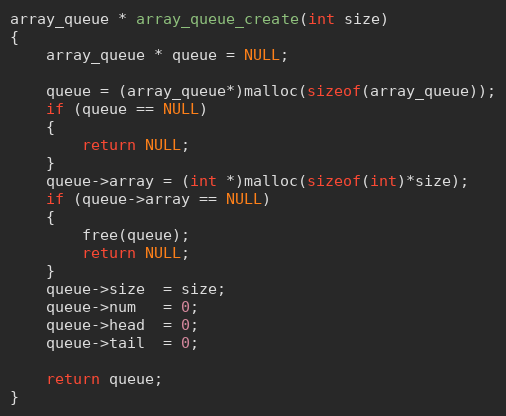
Language: C
array_queue * array_queue_create(int size)
{
	array_queue * queue = NULL;

	queue = (array_queue*)malloc(sizeof(array_queue));
	if (queue == NULL)
	{
		return NULL;
	}
	queue->array = (int *)malloc(sizeof(int)*size);
	if (queue->array == NULL)
	{
        free(queue);
		return NULL;
	}
	queue->size  = size;
	queue->num   = 0;
	queue->head  = 0;
	queue->tail  = 0;

	return queue;
}